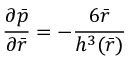
\frac { { \partial } \bar { p } } { { \partial } \bar { r } } = - \frac { 6 \bar { r } } { { h ^ { 3 } ( \bar { r } ) } }